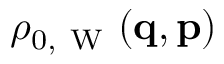
\rho _ { 0 , \mathrm { ~ W ~ } } ( \ensuremath { \mathbf { q } } , \ensuremath { \mathbf { p } } )